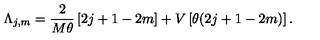
\Lambda _ { j , m } = \frac { 2 } { M \theta } \left[ 2 j + 1 - 2 m \right] + V \left[ \theta ( 2 j + 1 - 2 m ) \right] .